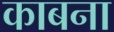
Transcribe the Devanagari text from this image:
काबना